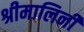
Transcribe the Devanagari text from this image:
श्रीमालिनी